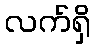
လက်ရှိ